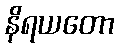
နိရယတော